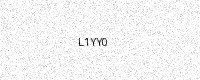
Text: L1YY0